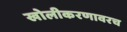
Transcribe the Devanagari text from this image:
खोलीकरणावरच